Report on sanitation, dispensaries, and jails in Rajputana for 1911, and on vaccination for the year 1911-1912 - 1911-1912
Year: 1911
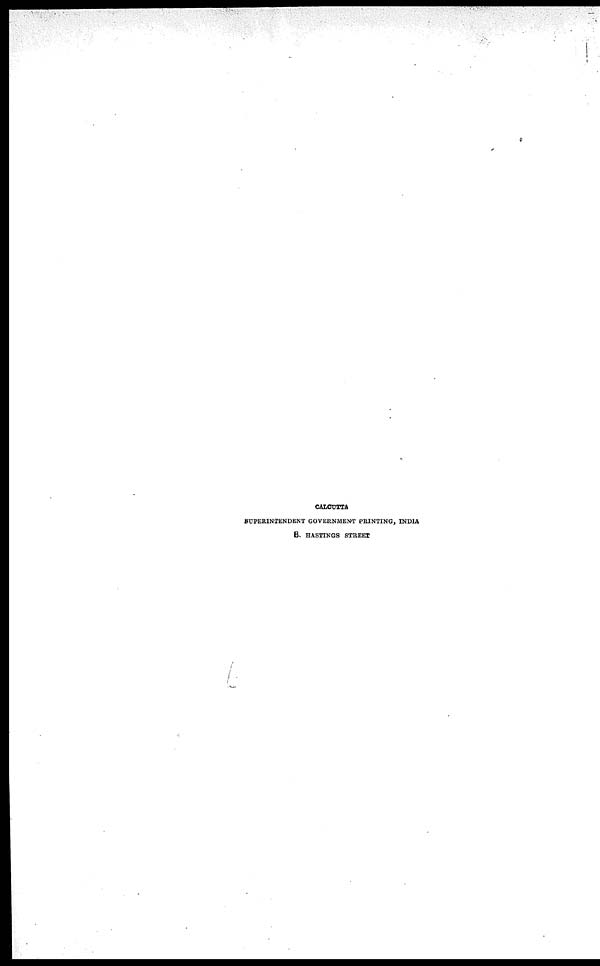
CALCUTTA
SUPERINTENDENT GOVERNMENT PRINTING, INDIA
8. HASTINGS STREET